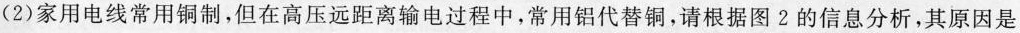
(2)家用电线常用铜制，但在高压远距离输电过程中，常用铝代替铜，请根据图2的信息分析，其原因是